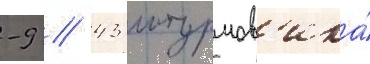
-9 / 43 штурмов'ика́